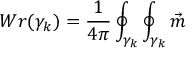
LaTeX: W r ( \gamma _ { k } ) = \frac 1 { 4 \pi } \oint _ { \gamma _ { k } } \oint _ { \gamma _ { k } } \vec { m }